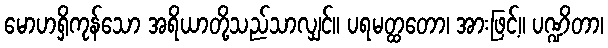
မောဟရှိကုန်သော အရိယာတို့သည်သာလျှင်။ ပရမတ္ထတော၊ အားဖြင့်။ ပဏ္ဍိတာ၊